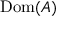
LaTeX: \operatorname { D o m } ( A )